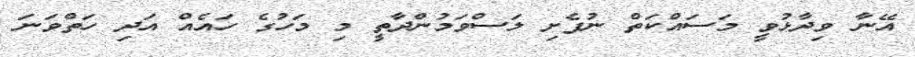
އޭނާ ވިދާޅުވީ މަސައްކަތް ނުފެށި ލަސްވަމުންދާތީ މި މަހުގެ ހައެއް އަދި ހަތްވަނަ